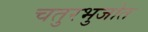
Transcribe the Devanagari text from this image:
चतुरभुजोत